Lunatic asylums in Bengal annual reports 1912-1924 - 1912-1924
Year: 1912
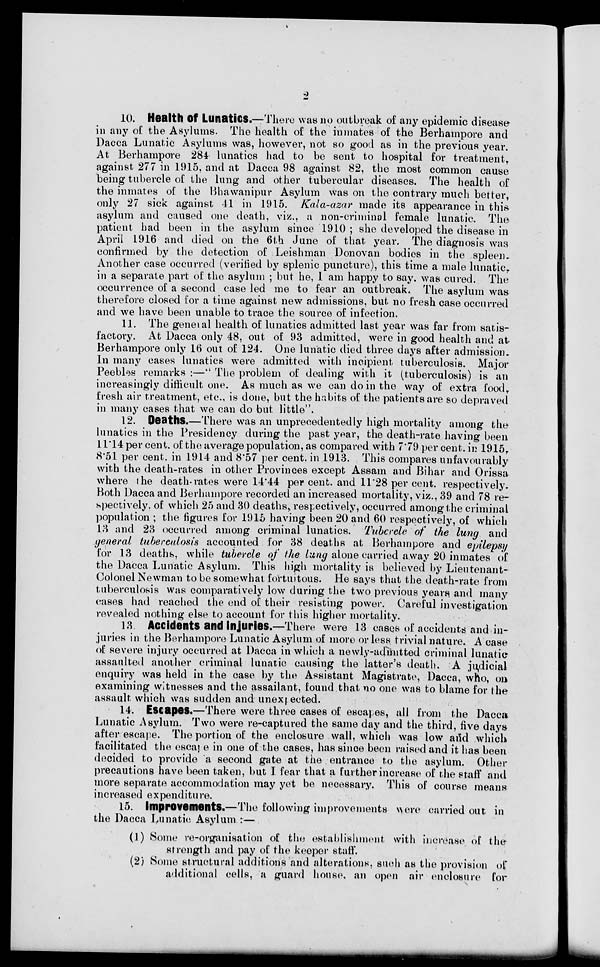
2
10. Health of Lunatics.—There was no outbreak of any epidemic disease
in any of the Asylums. The health of the inmates of the Berhampore and
Dacca Lunatic Asylums was, however, not so good as in the previous year.
At Berhampore 284 lunatics had to be sent to hospital for treatment,
against 277 in 1915, and at Dacca 98 against 82, the most common cause
being tubercle of the lung and other tubercular diseases. The health of
the inmates of the Bhawanipur Asylum was on the contrary much better,
only 27 sick against 41 in 1915. Kala-azar made its appearance in this
asylum and caused one death, viz., a non-criminal female lunatic. The
patient had been in the asylum since 1910 ; she developed the disease in
April 1916 and died on the 6th June of that year. The diagnosis was
confirmed by the detection of Leishman Donovan bodies in the spleen-
Another case occurred (verified by splenic puncture), this time a male lunatic.
in a separate part of the asylum ; but he, I am happy to say. was cured. The
occurrence of a second case led me to fear an outbreak. The asylum was
therefore closed for a time against new admissions, but no fresh case occurred
and we have been unable to trace the source of infection.
11. The general health of lunatics admitted last year was far from satis-
factory. At Dacca only 48, out of 93 admitted, were in good health and at
Berhampore only 16 out of 124. One lunatic died three days after admission.
In many cases lunatics were admitted with incipient tuberculosis. Major
Peebles remarks :—" The problem of dealing with it (tuberculosis) is an
increasingly difficult one. As much as we can do in the way of extra food,
fresh air treatment, etc., is done, but the habits of the patients are so depraved
in many cases that we can do but little".
12. Deaths.—There was an unprecedentedly high mortality among the
lunatics in the Presidency during the past year, the death-rate having been
11.14 per cent. of the average population, as compared with 7.79 per cent. in 1915,
8.51 per cent. in 1914 and 8.57 per cent. in 1913. This compares unfavourably
with the death-rates in other Provinces except Assam and Bihar and Orissa
where the death-rates were 14.44 per cent. and 11.28 per cent. respectively.
Both Dacca and Berhampore recorded an increased mortality, viz., 39 and 78 re-
spectively, of which 25 and 30 deaths, respectively, occurred among the criminal
population ; the figures for 1915 having been 20 and 60 respectively, of which
13 and 23 occurred among criminal lunatics. Tubercle of the lung and
general tuberculosis accounted for 38 deaths at Berhampore and epilepsy
for 13 deaths, while tubercle of the lung alone carried away 20 inmates of
the Dacca Lunatic Asylum. This high mortality is believed by Lieutenant-
Colonel Newman to be somewhat fortuitous. He says that the death-rate from
tuberculosis was comparatively low during the two previous years and many
cases had reached the end of their resisting power. Careful investigation
revealed nothing else to account for this higher mortality.
13 Accidents and Injuries.—There were 13 cases of accidents and in-
juries in the Berhampore Lunatic Asylum of more or less trivial nature. A case
of severe injury occurred at Dacca in which a newly-admitted criminal lunatic
assaulted another criminal lunatic causing the latter's death. A judicial
enquiry was held in the case by the Assistant Magistrate, Dacca, who, on
examining witnesses and the assailant, found that no one was to blame for the
assault which was sudden and unexpected.
14. Escapes.—There were three cases of escapes, all from the Dacca
Lunatic Asylum. Two were re-captured the same day and the third, five days
after escape. The portion of the enclosure wall, which was low and which
facilitated the escape in one of the cases, has since been raised and it has been
decided to provide a second gate at the entrance to the asylum. Other
precautions have been taken, but I fear that a further increase of the staff and
more separate accommodation may yet be necessary. This of course means
increased expenditure.
15. Improvements.—The following improvements were carried out in
the Dacca Lunatic Asylum :—
(1) Some re-organisation of the establishment with increase of the
strength and pay of the keeper staff.
(2) Some structural additions and alterations, such as the provision of
additional cells, a guard house, an open air enclosure for